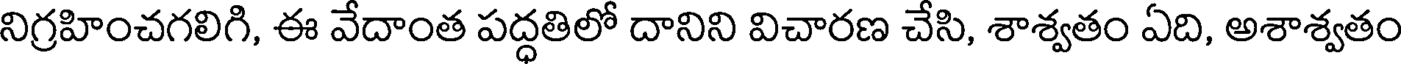
నిగ్రహించగలిగి, ఈ వేదాంత పద్ధతిలో దానిని విచారణ చేసి, శాశ్వతం ఏది, అశాశ్వతం